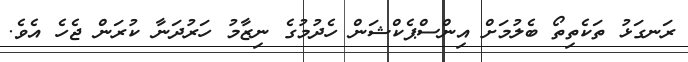
ރަނގަޅު ތަކެތިތޯ ބެލުމަށް އިންސްޕެކްޝަން ހެދުމުގެ ނިޒާމު ހަރުދަނާ ކުރަން ޖެހެ އެވެ.